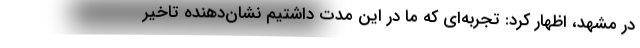
در مشهد، اظهار کرد: تجربه‌ای که ما در این مدت داشتیم نشان‌دهنده تاخیر